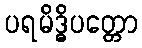
ပရမိဒ္ဓိပတ္တော